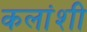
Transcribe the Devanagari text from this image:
कलांशी